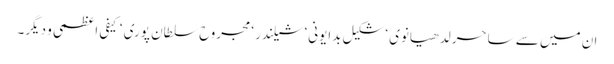
ان میں سے ساحر لدھیانوی ‘ شکیل بدایونی‘ شیلندر ‘ مجروح سلطان پوری ‘ کیفی اعظمی و دیگر۔